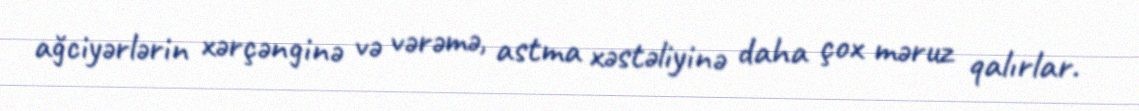
ağciyərlərin xərçənginə və vərəmə, astma xəstəliyinə daha çox məruz qalırlar.